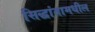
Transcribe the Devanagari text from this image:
सिद्धांतामधील